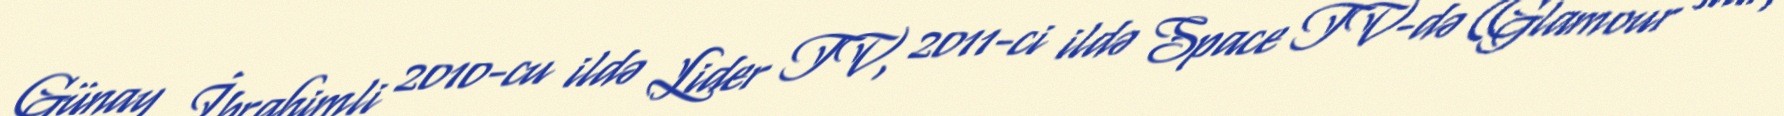
Günay İbrahimli 2010-cu ildə Lider TV, 2011-ci ildə Space TV-də (Glamour star,